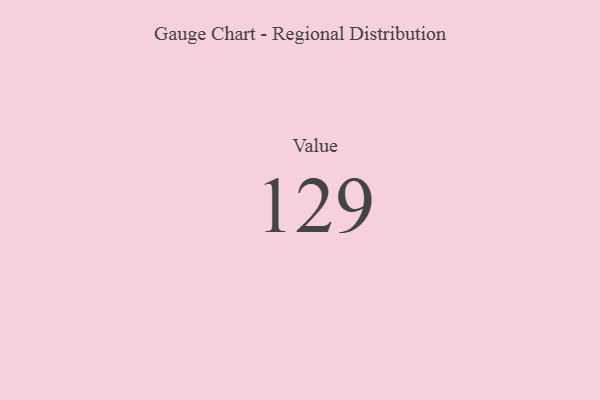
{"axis": {"x": "Metric", "y": "Value"}, "legend": [""], "data": [{"x": "Value", "y": 129, "type": ""}]}